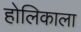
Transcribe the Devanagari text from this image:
होलिकाला